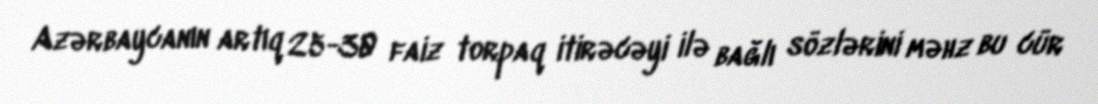
Azərbaycanın artıq 25-30 faiz torpaq itirəcəyi ilə bağlı sözlərini məhz bu cür